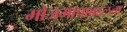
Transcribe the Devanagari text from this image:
मोजमापाबद्दलचा